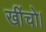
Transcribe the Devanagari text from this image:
खींचो।